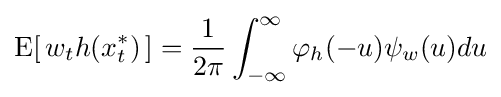
\operatorname {E} [\,w_{t}h(x_{t}^{*})\,]={\frac {1}{2\pi }}\int _{-\infty }^{\infty }\varphi _{h}(-u)\psi _{w}(u)du